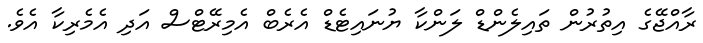
ރާއްޖޭގެ އިތުރުން ތައިލެންޑް ލަންކާ ޔުނައިޓެޑް އެރެބް އެމިރޭޓްސް އަދި އެމެރިކާ އެވެ.